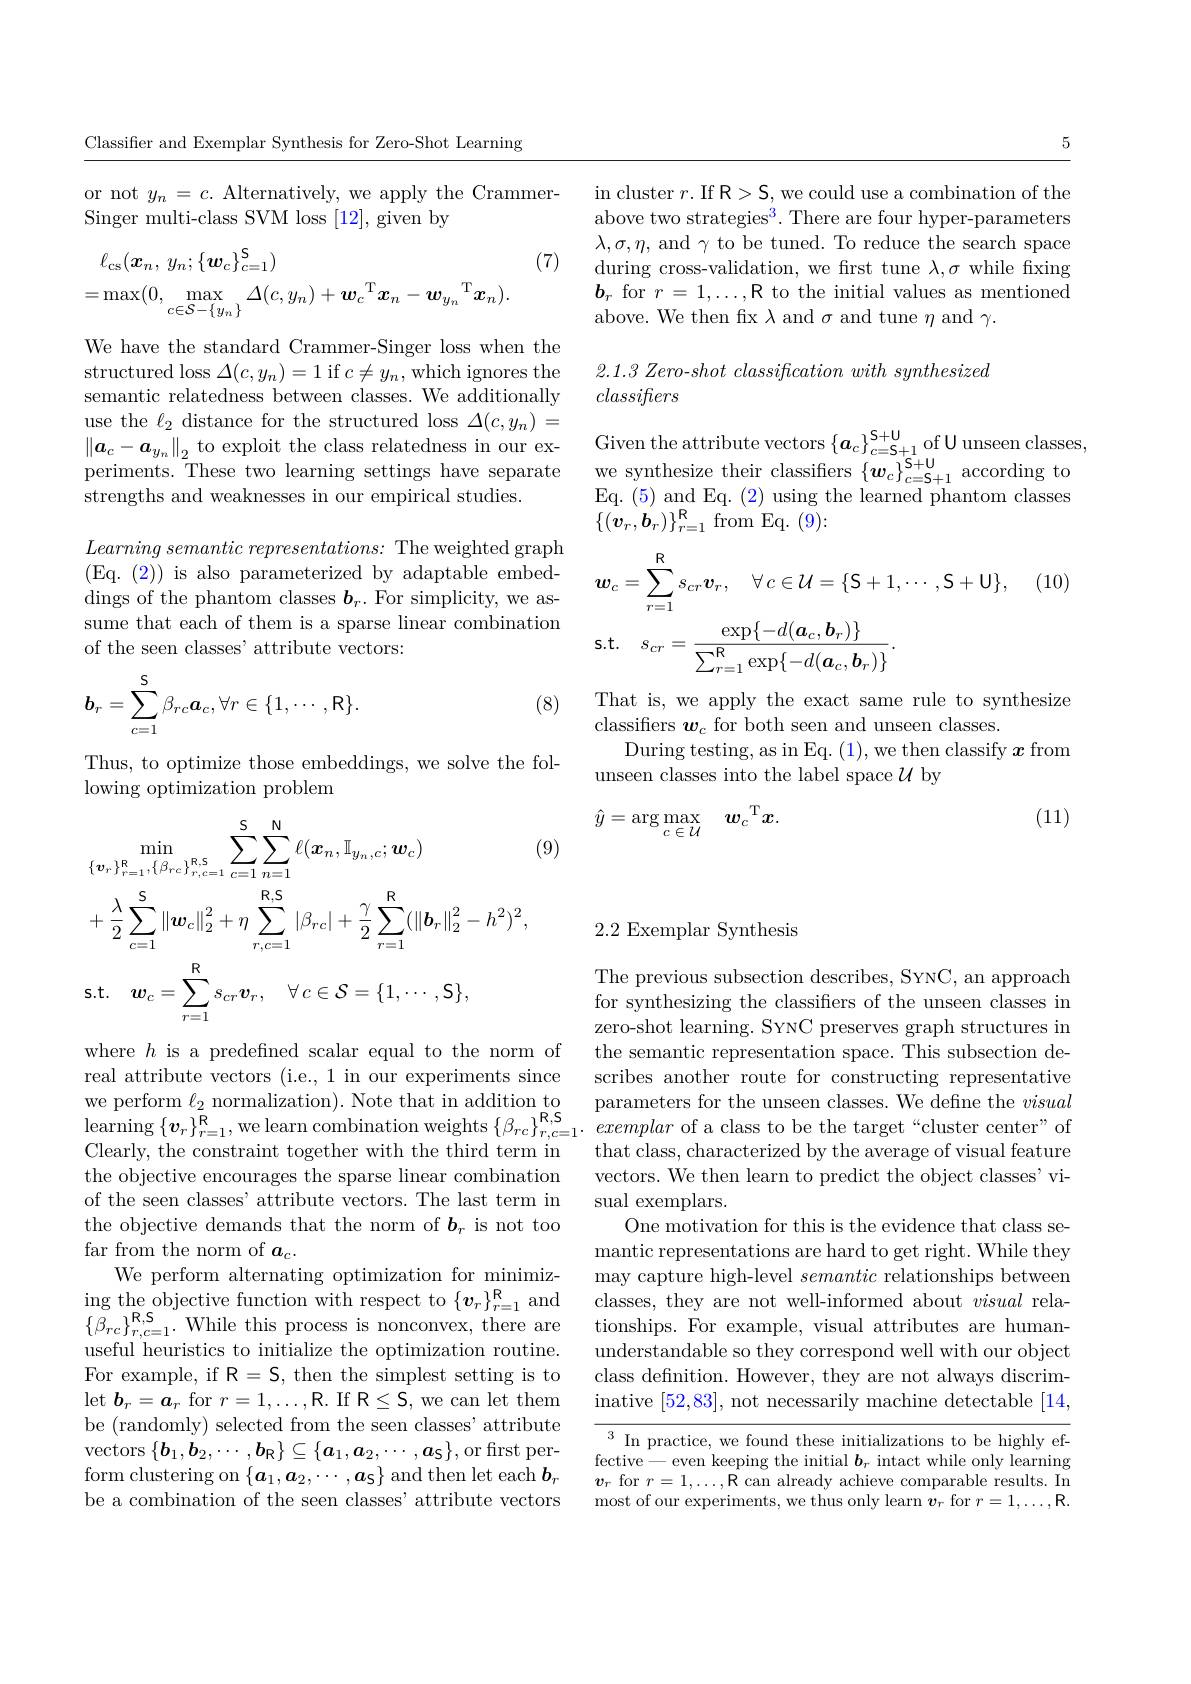
Classifier and Exemplar Synthesis for Zero-Shot Learning

or not $y_n=c.$ Alternatively, we apply the Crammer-
Singer multi-class SVM loss [12], given by
$$\begin{aligned}&\ell_{\mathrm{cs}}(\boldsymbol{x}_{n},\:y_{n};\{\boldsymbol{w}_{c}\}_{c=1}^{\mathsf{S}})\\&=\max(0,\max_{c\in\mathcal{S}-\{y_{n}\}}\Delta(c,y_{n})+{\boldsymbol{w}_{c}}^{\mathrm{T}}{\boldsymbol{x}_{n}}-{\boldsymbol{w}_{y_{n}}}^{\mathrm{T}}{\boldsymbol{x}_{n}}).\end{aligned}$$
(7)

We have the standard Crammer-Singer loss when the structured loss $\Delta(c,y_n)=1$ if $c\neq y_n$, which ignores the semantic relatedness between classes. We additionally use the $\ell_2$ distance for the structured loss $\Delta(c,y_n)=$ $\| \boldsymbol{a}_{c}- \boldsymbol{a}_{y_{n}}\| _{2}$to exploit the class relatedness in our ex- Given the attribute vectors $\{ \boldsymbol{a}_{c}\} _{c= S+ 1}^{S+ U}$of U unseen classes periments. These two learning settings have separate we synthesize their classifiers$\left \{ \boldsymbol{w}_{c}\right \} _{}$

$\textit{Learning semantic representations: The weighted graph}$ (Eq. ( 2) ) is also parameterized by adaptable embed- dings of the phantom classes $b_r.$ For simplicity, we assume that each of them is a sparse linear combination of the seen classes' attribute vectors:

(8)
$$\boldsymbol{b}_r=\sum\limits_{c=1}^s\beta_{rc}\boldsymbol{a}_c,\forall r\in\{1,\cdots,\mathbb{R}\}.$$
Thus, to optimize those embeddings, we solve the fol-
lowing optimization problem

(9)
$$\begin{aligned}&\min_{\{\boldsymbol{v}_{r}\}_{r=1}^{\mathrm{R}},\{\beta_{rc}\}_{r,c=1}^{\mathrm{R},s}}\sum_{c=1}^{\mathrm{S}}\sum_{n=1}^{\mathrm{N}}\ell(\boldsymbol{x}_{n},\mathbb{I}_{y_{n},c};\boldsymbol{w}_{c})\\&+\frac{\lambda}{2}\sum_{c=1}^{\mathrm{S}}\left\|\boldsymbol{w}_{c}\right\|_{2}^{2}+\eta\sum_{r,c=1}^{\mathrm{R},\mathrm{S}}\left|\beta_{rc}\right|+\frac{\gamma}{2}\sum_{r=1}^{\mathrm{R}}(\left\|\boldsymbol{b}_{r}\right\|_{2}^{2}-h^{2})^{2},\\&\mathrm{s.t.}\quad\boldsymbol{w}_{c}=\sum_{r=1}^{\mathrm{R}}s_{cr}\boldsymbol{v}_{r},\quad\forall\:c\in\mathcal{S}=\{1,\cdots,\mathcal{S}\},\end{aligned}$$
where $h$ is a predefined scalar equal to the norm of real attribute vectors (i.e., 1 in our experiments since we perform $\ell_2$ normalization). Note that in addition to $\operatorname{learning}\left\{\boldsymbol{v}_{r}\right\}_{r=1}^{\mathrm{R}}$,we learn combination weights$\left\{\beta_{rc}\right\}_{r,c=}^{\mathrm{R,S}}$ Clearly, the constraint together with the third term in the objective encourages the sparse linear combination of the seen classes' attribute vectors. The last term in the objective demands that the norm of $b_r$ is not too far from the norm of $a_c.$
We perform alternating optimization for minimizing the objective function with respect to $\{\boldsymbol v_{r}\}_{r=1}^{\mathrm{R}}$ and $\{\beta_{rc}\}_{r,c=1}^{\mathrm{R,S}}.$While this process is nonconvex, there are useful heuristics to initialize the optimization routine. For example, if R$=\mathcal S$, then the simplest setting is to let $\boldsymbol b_r=\boldsymbol a_r$ for $r=1,\ldots$,R. If R$\leq\mathcal S$, we can let them be (randomly) selected from the seen classes' attribute vectors $\{\boldsymbol{b}_1,\boldsymbol{b}_2,\cdots,\boldsymbol{b}_{\mathrm{R}}\}\subseteq\{\boldsymbol{a}_1,\boldsymbol{a}_2,\cdots,\boldsymbol{a}_{\mathrm{S}}\}$,or first perform clustering on $\{\boldsymbol a_1,\boldsymbol a_2,\cdots,\boldsymbol a_\mathrm{S}\}$ and then let each $\boldsymbol b_r$ be a combination of the seen classes' attribute vectors

5

in cluster $r.$ If R>S, we could use a combination of the above two strategies$^3.$ There are four hyper-parameters $\lambda,\sigma,\eta$, and $\gamma$ to be tuned. To reduce the search space during cross-validation, we first tune $\lambda,\sigma$ while fixing $\boldsymbol{b}_r$ for $r=1,\ldots$,R to the initial values as mentioned above. We then fix $\lambda$ and $\sigma$ and tune $\eta$ and $\gamma.$

$2. 1. 3\textit{Zero- shot classification with synthesized}$
classifiers

$\{(\boldsymbol{v}_{r},\boldsymbol{b}_{r})\}_{r=1}^{\mathsf{R}}$from Eq.$(\bar{9}):$

, (10)
$$\begin{aligned}&\boldsymbol{w}_{c}=\sum_{r=1}^{\mathrm{R}}s_{cr}\boldsymbol{v}_{r},\quad\forall\:c\in\mathcal{U}=\{\mathsf{S}+1,\cdots,\mathsf{S}+\mathsf{U}\},\\&\mathrm{s.t.}\quad s_{cr}=\frac{\exp\{-d(\boldsymbol{a}_{c},\boldsymbol{b}_{r})\}}{\sum_{r=1}^{\mathrm{R}}\exp\{-d(\boldsymbol{a}_{c},\boldsymbol{b}_{r})\}}.\end{aligned}$$
That is, we apply the exact same rule to synthesize
classifers $\boldsymbol w_c$ for both seen and unseen classes.
During testing, as in Eq. (1), we then classify $x$ from
unseen classes into the label space $\mathcal{U}$ by

(11)
$$\hat{y}=\arg\max_{c\in\mathcal{U}}\quad\boldsymbol{w_c}^\mathrm{T}\boldsymbol{x}.$$
## 2.2 Exemplar Synthesis

The previous subsection describes, SYNC, an approach for synthesizing the classifiers of the unseen classes in zero-shot learning. SYNC preserves graph structures in the semantic representation space. This subsection describes another route for constructing representative parameters for the unseen classes. We define the visual exemplar of a class to be the target“cluster center”of that class, characterized by the average of visual feature vectors. We then learn to predict the object classes' visual exemplars.
One motivation for this is the evidence that class semantic representations are hard to get right. While they may capture high-level semantic relationships between classes, they are not well-informed about visual relationships. For example, visual attributes are humanunderstandable so they correspond well with our object class definition. However, they are not always discriminative [52,83], not necessarily machine detectable [14,

${\frac{{^3}\text{In practice, we found these initializations to be highly ef-}}}$ fective-even keeping the initial $b_r$ intact while only learning $v_r$ for $r=1,\ldots$,R can already achieve comparable results. In most of our experiments, we thus only learn $\dot{\boldsymbol{v}}_{r}$ for $r=1,\ldots,\mathbf{R}.$